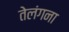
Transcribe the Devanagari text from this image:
तेलंगना